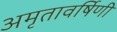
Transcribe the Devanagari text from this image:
अमृतावर्षिणी